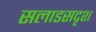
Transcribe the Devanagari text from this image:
सलाडसदृश